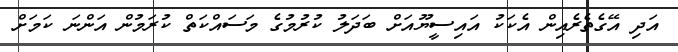
އަދި އޭގެތެރެއިން އެކަކު އައިސީޔޫއަށް ބަދަލު ކުރުމުގެ މަސައްކަތް ކުރަމުން އަންނަ ކަމަށް